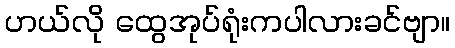
ဟယ်လို ထွေအုပ်ရုံးကပါလားခင်ဗျာ။